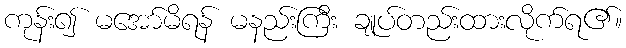
ကုန်း၍ မအော်မိရန် မနည်းကြီး ချုပ်တည်းထားလိုက်ရ၏။